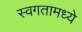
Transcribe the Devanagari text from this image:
स्वगतामध्ये